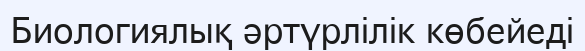
Биологиялық әртүрлілік көбейеді